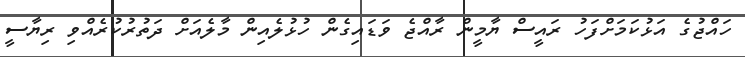
ހައްޖުގެ އަޅުކަމަށްފަހު ރައީސް ޔާމީން ރާއްޖެ ވަޑައިގެން ހުޅުލެއިން މާލެއަށް ދަތުރުކުރެއްވި ރިޔާސީ